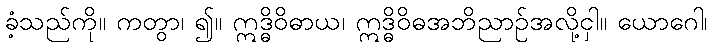
ခံ့သည်ကို။ ကတွာ၊ ၍။ ဣဒ္ဓိဝိဓာယ၊ ဣဒ္ဓိဝိဓအဘိညာဉ်အလို့ငှါ။ ယောဂေါ၊